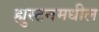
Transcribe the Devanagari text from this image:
ह्युस्टनमधील